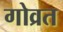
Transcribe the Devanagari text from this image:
गोव्रत